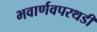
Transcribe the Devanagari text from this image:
भवार्णवपरथडी